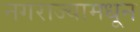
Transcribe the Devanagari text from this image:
नगराज्यामधून